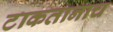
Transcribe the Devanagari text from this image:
टाकतानाच